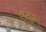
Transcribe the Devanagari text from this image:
चेट्ज़